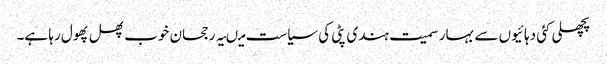
پچھلی کئی دہائیوں سے بہار سمیت ہندی پٹی کی سیاست میںیہ رجحان خوب پھل پھول رہا ہے۔